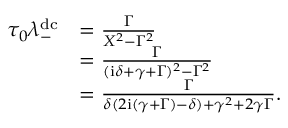
\begin{array} { r l } { \tau _ { 0 } \lambda _ { - } ^ { \mathrm { d c } } } & { = \frac { \Gamma } { X ^ { 2 } - \Gamma ^ { 2 } } } \\ & { = \frac { \Gamma } { ( \mathrm { i } \delta + \gamma + \Gamma ) ^ { 2 } - \Gamma ^ { 2 } } } \\ & { = \frac { \Gamma } { \delta ( 2 \mathrm { i } ( \gamma + \Gamma ) - \delta ) + \gamma ^ { 2 } + 2 \gamma \Gamma } . } \end{array}